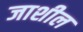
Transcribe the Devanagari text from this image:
जाशील